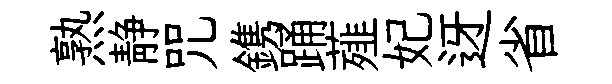
熟静咒鎸踊薤妃迓省